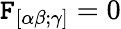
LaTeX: \mathtt{F}_{[\alpha\beta;\gamma]}=0